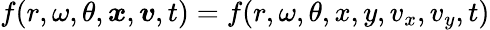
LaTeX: f(r,\omega,\theta,\boldsymbol{x},\boldsymbol{v},t)=f(r,\omega,\theta,x,y,v_{x},v_{y},t)